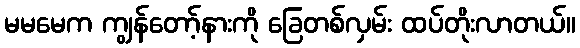
မမမေက ကျွန်တော့်နားကို ခြေတစ်လှမ်း ထပ်တိုးလာတယ်။